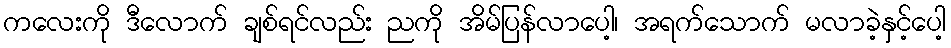
ကလေးကို ဒီလောက် ချစ်ရင်လည်း ညကို အိမ်ပြန်လာပေါ့၊ အရက်သောက် မလာခဲ့နှင့်ပေါ့